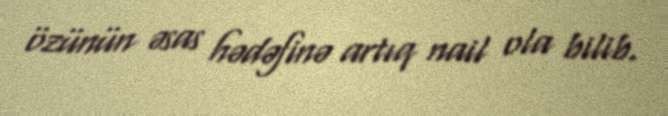
özünün əsas hədəfinə artıq nail ola bilib.